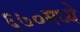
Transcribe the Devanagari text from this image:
६७०मध्ये